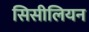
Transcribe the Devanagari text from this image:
सिसीलियन